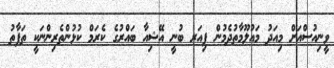
ވީނިއުސްއަށް މިއަދު މައުލޫމާތުދެމުން ޕިއަރ ބުނީ އޭޝިއާ ބައްރުގެ ކެރަމް ކުޅުންތެރިންނަކީ ތަފާތު